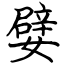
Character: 嬖